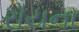
રોયના